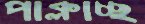
পাক্‌লাচ্ছ